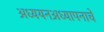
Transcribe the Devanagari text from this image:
अध्ययनअध्यापनाचे